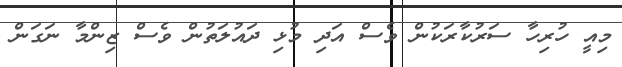
މިއީ ހުރިހާ ސަރުކާރަކުން ވެސް އަދި މުޅި ދައުލަތުން ވެސް ޒިންމާ ނަގަން